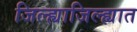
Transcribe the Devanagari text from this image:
जिल्ह्याजिल्ह्यात